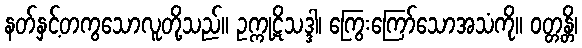
နတ်နှင့်တကွသောလူတို့သည်။ ဥက္ကုဋိသဒ္ဒါ၊ ကြွေးကြော်သောအသံကို။ ဝတ္တန္တိ၊